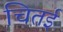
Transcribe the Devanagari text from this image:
चितई